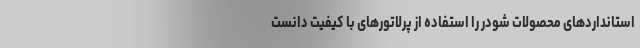
استانداردهای محصولات شودر را استفاده از پرلاتور‌های با کیفیت دانست